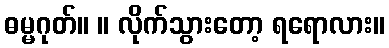
ဓမ္မဂုတ်။ ။ လိုက်သွားတော့ ရရောလား။